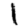
Digit: 1